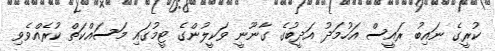
ކުރީގެ ނައިބު ރައީސް އަހުމަދު އަދީބުގެ ގާނޫނީ ވަކީލުންގެ ޓީމުގައި މަސައްކަތް ކުރެއްވެވި